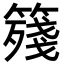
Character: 䉔